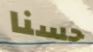
حسنا